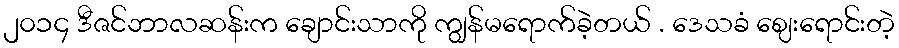
၂၀၁၄ ဒီဇင်ဘာလဆန်းက ချောင်းသာကို ကျွန်မရောက်ခဲ့တယ် . ဒေသခံ ဈေးရောင်းတဲ့